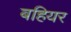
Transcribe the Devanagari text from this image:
बहियर